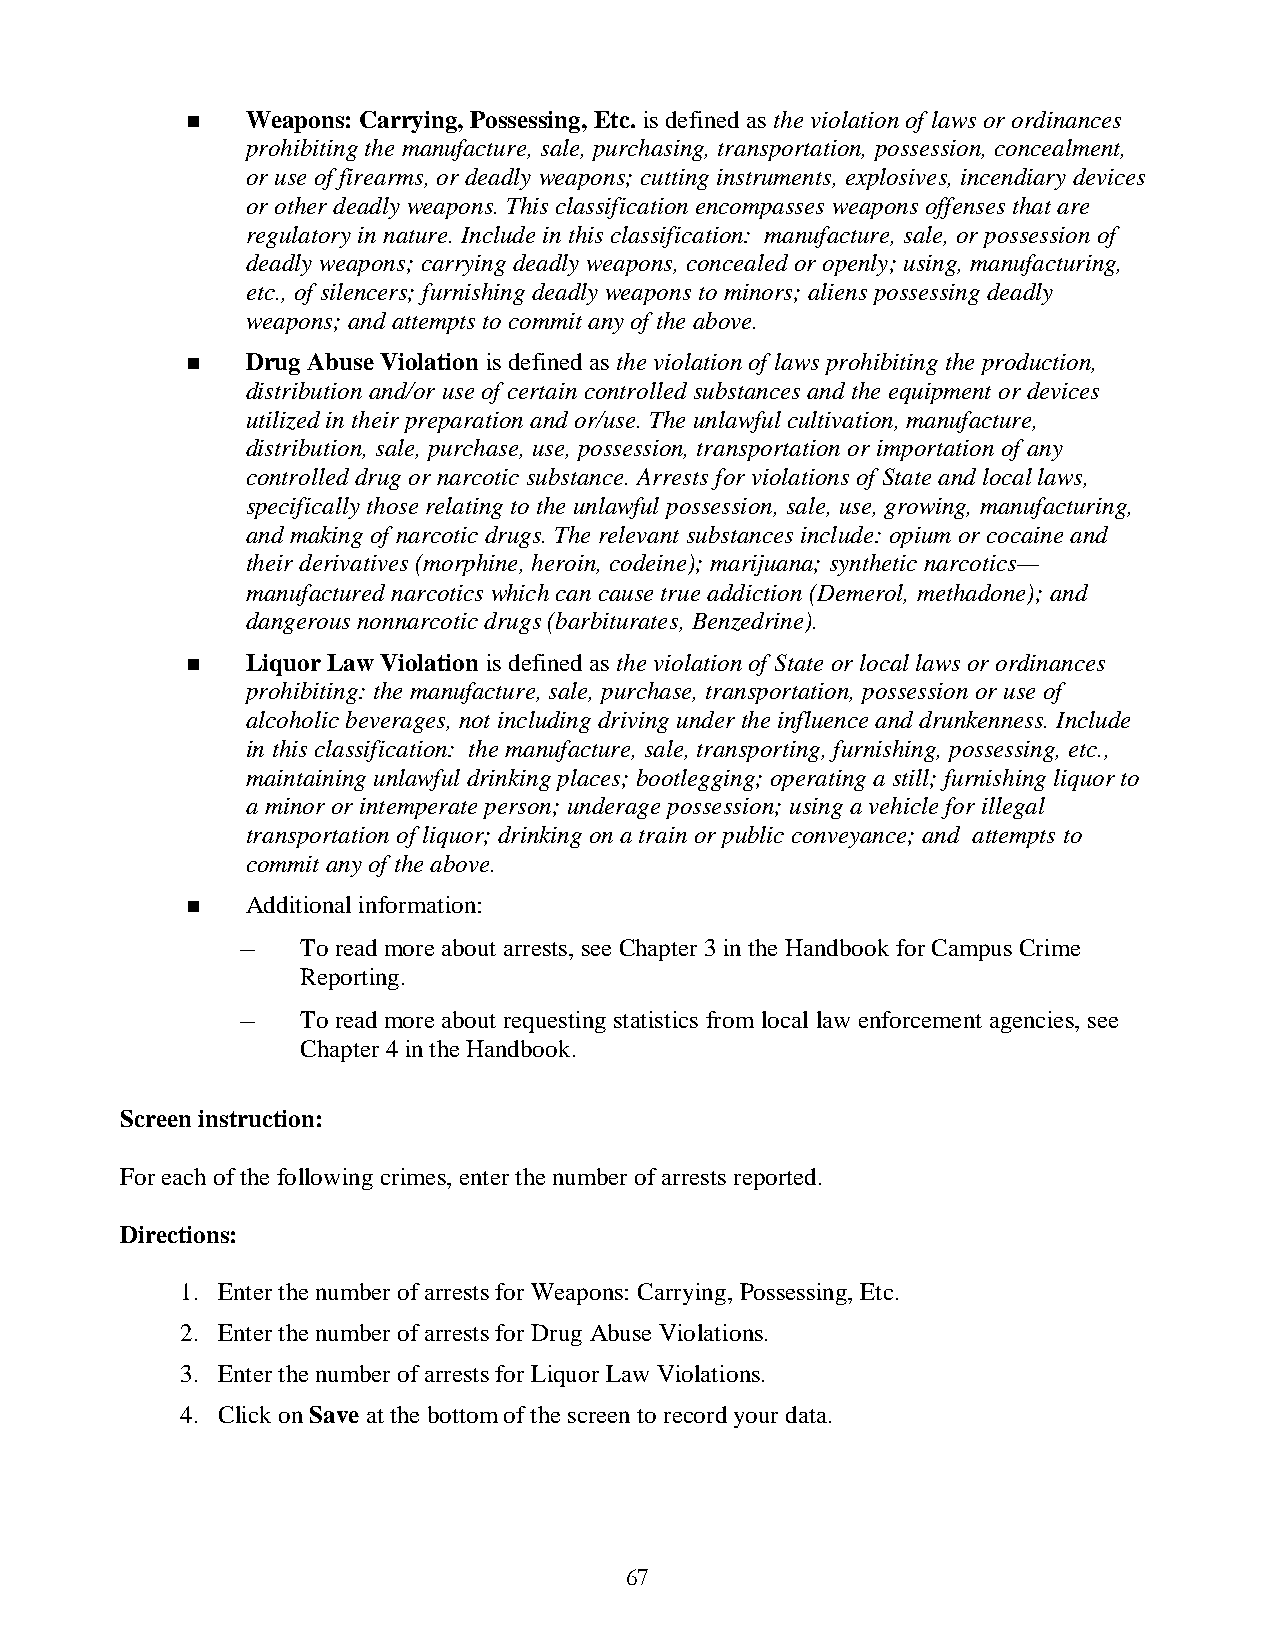
   Weapons: Carrying, Possessing, Etc. is defined as the violation of laws or ordinances
 prohibiting the manufacture, sale, purchasing, transportation, possession, concealment,
 or use of firearms, or deadly weapons; cutting instruments, explosives, incendiary devices
 or other deadly weapons. This classification encompasses weapons offenses that are
 regulatory in nature. Include in this classification: manufacture, sale, or possession of
 deadly weapons; carrying deadly weapons, concealed or openly; using, manufacturing,
 etc., of silencers; furnishing deadly weapons to minors; aliens possessing deadly
 weapons; and attempts to commit any of the above.
    Drug Abuse Violation is defined as the violation of laws prohibiting the production,
 distribution and/or use of certain controlled substances and the equipment or devices
 utilized in their preparation and or/use. The unlawful cultivation, manufacture,
 distribution, sale, purchase, use, possession, transportation or importation of any
 controlled drug or narcotic substance. Arrests for violations of State and local laws,
 specifically those relating to the unlawful possession, sale, use, growing, manufacturing,
 and making of narcotic drugs. The relevant substances include: opium or cocaine and
 their derivatives (morphine, heroin, codeine); marijuana; synthetic narcotics—
 manufactured narcotics which can cause true addiction (Demerol, methadone); and
 dangerous nonnarcotic drugs (barbiturates, Benzedrine).
    Liquor Law Violation is defined as the violation of State or local laws or ordinances
 prohibiting: the manufacture, sale, purchase, transportation, possession or use of
 alcoholic beverages, not including driving under the influence and drunkenness. Include
 in this classification: the manufacture, sale, transporting, furnishing, possessing, etc.,
 maintaining unlawful drinking places; bootlegging; operating a still; furnishing liquor to
 a minor or intemperate person; underage possession; using a vehicle for illegal
 transportation of liquor; drinking on a train or public conveyance; and attempts to
 commit any of the above.
    Additional information:
 –   To read more about arrests, see Chapter 3 in the Handbook for Campus Crime
 Reporting.
 –   To read more about requesting statistics from local law enforcement agencies, see
 Chapter 4 in the Handbook.
 Screen instruction:
 For each of the following crimes, enter the number of arrests reported.
 Directions:
 1. Enter the number of arrests for Weapons: Carrying, Possessing, Etc.
 2. Enter the number of arrests for Drug Abuse Violations.
 3. Enter the number of arrests for Liquor Law Violations.
 4. Click on Save at the bottom of the screen to record your data.
 67